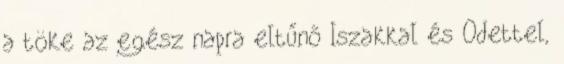
a töke az egész napra eltűnő Iszakkal és Odettel,